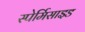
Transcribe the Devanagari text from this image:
स्पेर्मिसाइड